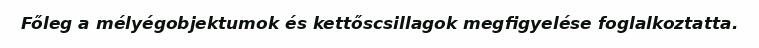
Főleg a mélyégobjektumok és kettőscsillagok megfigyelése foglalkoztatta.